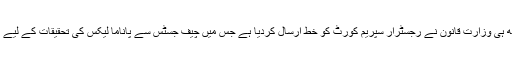
وزیراعظم کے قوم سے خطاب میں اعلان کے ساتھ ہی وزارت قانون نے رجسٹرار سپریم کورٹ کو خط ارسال کردیا ہے جس میں چیف جسٹس سے پاناما لیکس کی تحقیقات کے لیے انکوائری کمیشن بنانے کی درخواست کی گئی ہے۔